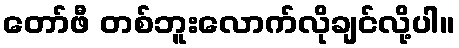
တော်ဖီ တစ်ဘူးလောက်လိုချင်လို့ပါ။